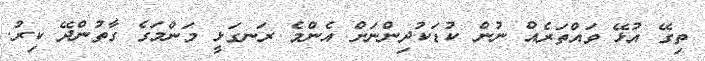
ތިގޭ އުޅޭ ވައްތަރެއް ނުން ކުޑަކުދިންނަށް އެންމެ ރަނގަޅީ މަންމަގެ ގާތުންދޭ ކިރު.